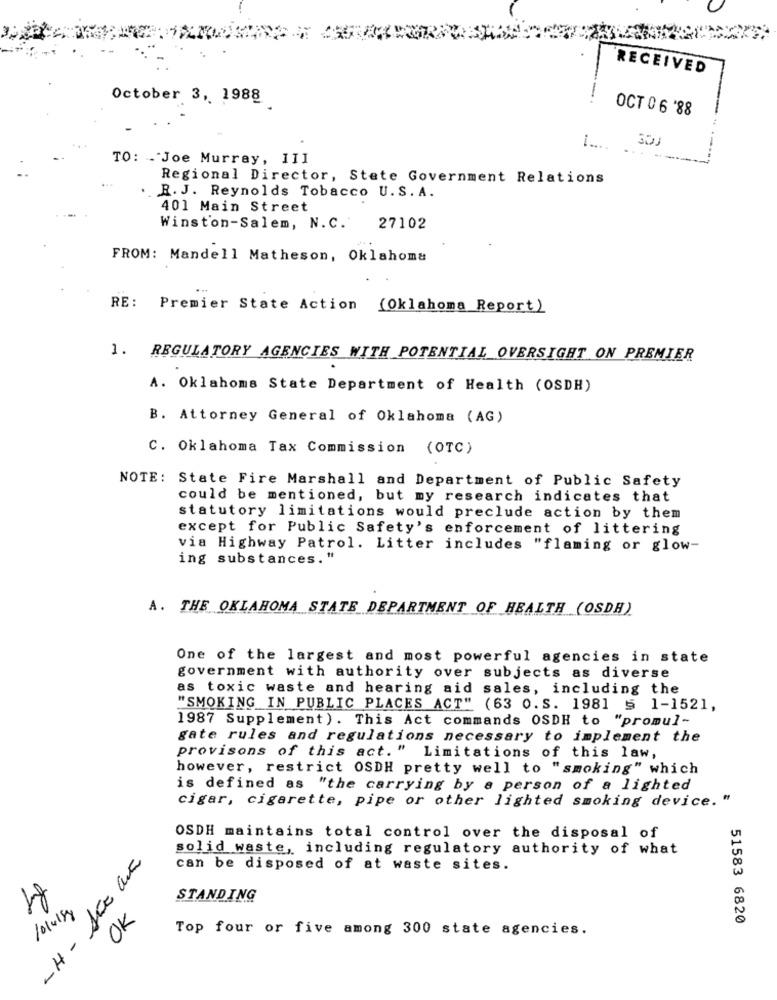
RECEIVED
October 3, 1988
OCT 0 6 '88
1 ....
TO: . Joe Murray, III
Regional Director, State Government Relations
R. J. Reynolds Tobacco U.S. A.
401 Main Street
Winston-Salem, N.C. 27102
FROM: Mandell Matheson, Oklahoma
RE: Premier State Action (Oklahoma Report)
1. REGULATORY AGENCIES WITH POTENTIAL OVERSIGHT ON PREMIER
A. Oklahoma State Department of Health (OSDH)
B. Attorney General of Oklahoma (AG)
C. Oklahoma Tax Commission (OTC)
NOTE: State Fire Marshall and Department of Public Safety
could be mentioned, but my research indicates that
statutory limitations would preclude action by them
except for Public Safety's enforcement of littering
via Highway Patrol. Litter includes "flaming or glow-
ing substances."
A. THE OKLAHOMA STATE DEPARTMENT OF HEALTH (OSDH)
One of the largest and most powerful agencies in state
government with authority over subjects as diverse
as toxic waste and hearing aid sales, including the
"SMOKING IN PUBLIC PLACES ACT" (63 0.S. 1981 5 1-1521,
1987 Supplement ). This Act commands OSDH to "promul-
gate rules and regulations necessary to implement the
provisons of this act. " Limitations of this law,
however, restrict OSDH pretty well to "smoking" which
is defined as "the carrying by a person of a lighted
cigar, cigarette, pipe or other lighted smoking device. "
OSDH maintains total control over the disposal of
solid waste, including regulatory authority of what
can be disposed of at waste sites.
81
STANDING
/014153
OK
51583 6820
Top four or five among 300 state agencies.